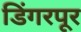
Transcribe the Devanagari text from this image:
डिंगरपूर